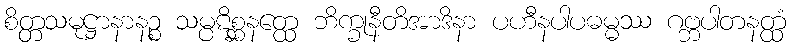
စိတ္တသမုဋ္ဌာနာနဉ္စ သမ္ပဋိစ္ဆနတ္ထေ ဘိက္ခုနီတိအာဒိနာ ပဟီနပါပဓမ္မဿ ဂဗ္ဘပါတနတ္ထံ